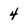
Character: 4